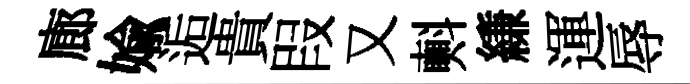
廊媮逅貴叚又㪺縑運辱